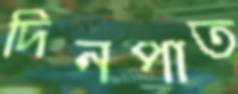
দিনপাত